Annual administration report of the Civil Veterinary Department, Sind - 1943-1944
Year: 1943
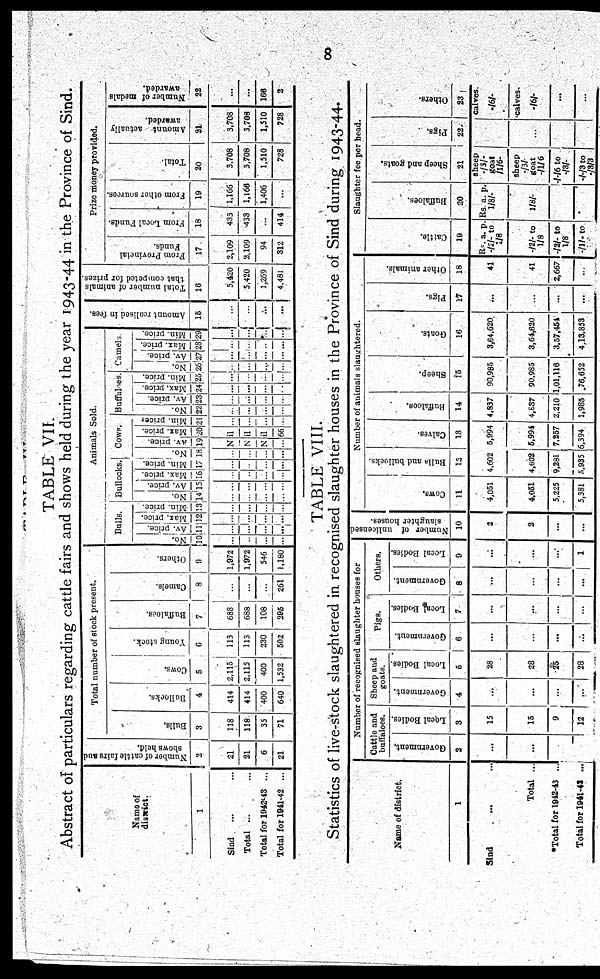
8
TABLE VII.
Abstract of particulars regarding cattle fairs and shows held during the year 1943-44 in the Province of Sind.
Name of
district.
1
Sind ... ...
Total ... ...
Total for 1942-43 ...
Total for 1941-42 ...
Number of cattle
fairs and
shows held.
2
21
21
6
21
Total number of stock present.
Bul l s.
3
118
118
35
71
Bullocks.
4
414
414
400
640
Cows .
5
2,115
2,115
400
1,532
Young stock.
6
113
113
230
502
Buffaloes.
7
688
688
108
295
Ca me l
s .
8
...
...
...
261
Ot her s .
9
1,972
1,972
546
1,180
Animals Sold.
Balls.
No.
10
...
...
...
...
Av. price.
11
...
...
...
...
Max, price.
12
...
...
...
...
Min. price.
13
...
...
...
...
Bullocks,
No.
14
...
...
...
...
Av. price.
15
...
...
...
...
Max. price.
16
...
...
...
...
Min. price.
17
...
...
...
...
Cows.
No.
18
...
...
...
...
Av. price.
19
Max. price.
20
Nil
Nil
Nil
... 66
Min. prices
21
...
...
...
...
Buffaloes.
No.
22
...
...
...
...
Av. price.
23
...
...
...
...
Max. price.
24
...
...
...
...
Min. price.
25
...
...
...
...
Cam
No.
26
...
...
...
...
Av. price.
27
...
...
...
...
els.
Max. price.
28
...
...
...
...
Min. price.
29
...
...
...
...
Amount realised in fees.
15
...
...
...
...
Total number of animals
that competed for prizes.
16
5,420
5,420
1,269
4,481
Prize money provided.
From Provincial
Funds.
17
2,109
2,109
94
312
From Local Funds.
18
433
433
...
414
From other sources.
19
1,166
1,166
1,406
...
Total.
20
3,708
3,708
1,510
728
Amount actually
awarded.
21
3,708
3,708
1,510
728
Number of medals
awarded.
22
...
...
166
2
TABLE VIII.
Statistics of live-stock slaughtered in. recognised slaughter houses in the Province of Sind during 1943-44.
Name of district.
1
Sind ... ...
Total ...
*Total for 1942-43 ...
Total for 1941-42 ...
Number of recognised slaughter houses for
Cattle and
buffaloes.
Government.
2
...
...
Local Bodies.
3
15
15
9
12
Sheep and
goats.
Government.
4
...
...
...
...
Local Bodies.
5
28
28
25
28
Pigs.
Government.
6
...
...
...
...
Local Bodies.
7
...
...
...
...
Others.
Government.
8
...
...
...
...
Local Bodies.
9
...
...
...
1
Number of unlicensed
slaughter houses.
10
2
2
...
...
Number of animals slaughtered.
Cows.
11
4,051
4,051
5,225
5,381
Bulls and bullocks.
12
4,602
4,602
9,281
5,935
Calves.
13
5,994
5,994
7,257
5,394
Buffaloes.
14
4,837
4,837
2,210
1,985
Sheep.
15
90,985
90,985
1,01,116
76,652
Goats.
16
3,64,620.
3,64,620
3,57,454
4,13,853
Pigs.
17
..
...
...
...
Other animals.
18
41
41
2,667
...
Slaughter fee per head.
Cat t l e.
19
Rs. a. p.
-/2/- to
1/8
-/2/ - to
1/8
-/2/- to
1/8
-/1/- to
Buffaloes.
20
Rs. a. p.
1/8/-
1/8/-
Sheep and goats.
21
sheep
-/3/-
goat
/1/6-
sheep
-/3/
goat
-/1/ 6
-/-/6 to
-/3/-
-/-/3 to
-/3/3
Pigs.
22
...
Others.
23
calves.
-/6/-
calves.
-/6/-
...
...